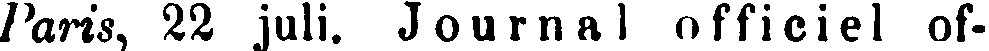
Paris, 22 juli. Journal officiel of-